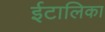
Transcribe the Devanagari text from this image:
ईटालिका